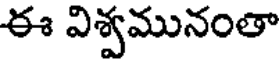
ఈ విశ్వమునంతా